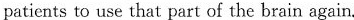
patients to use that part of the brain again.